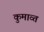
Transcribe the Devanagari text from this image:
कुमाव्त